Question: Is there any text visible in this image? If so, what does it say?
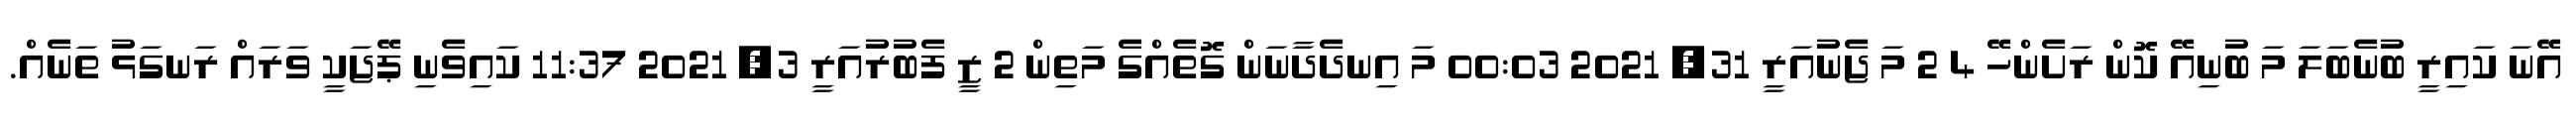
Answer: އޭނަ ކައިރީ ބުނެބަލަ މަ ބުނިއޭ ކޮން ރަށެންހޭ 4 2 މަ ޖެނުއަރީ 31, 2021 00:03 މަ އިނދެދާނަން ގޮތެއްގެ މަތިން 2 ޒީ ފެބުރުއަރީ 3, 2021 11:37 ކައިވެނި ޕޭޖަކީ ވަރައް ރަނގަޅު ތަނެއް.